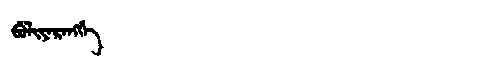
Manchu: ᠪᡠᠯᡳᠶᠠᡵᠠᠩᡤᡝ
Romanization: BULIYARANGGE